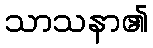
သာသနာ၏